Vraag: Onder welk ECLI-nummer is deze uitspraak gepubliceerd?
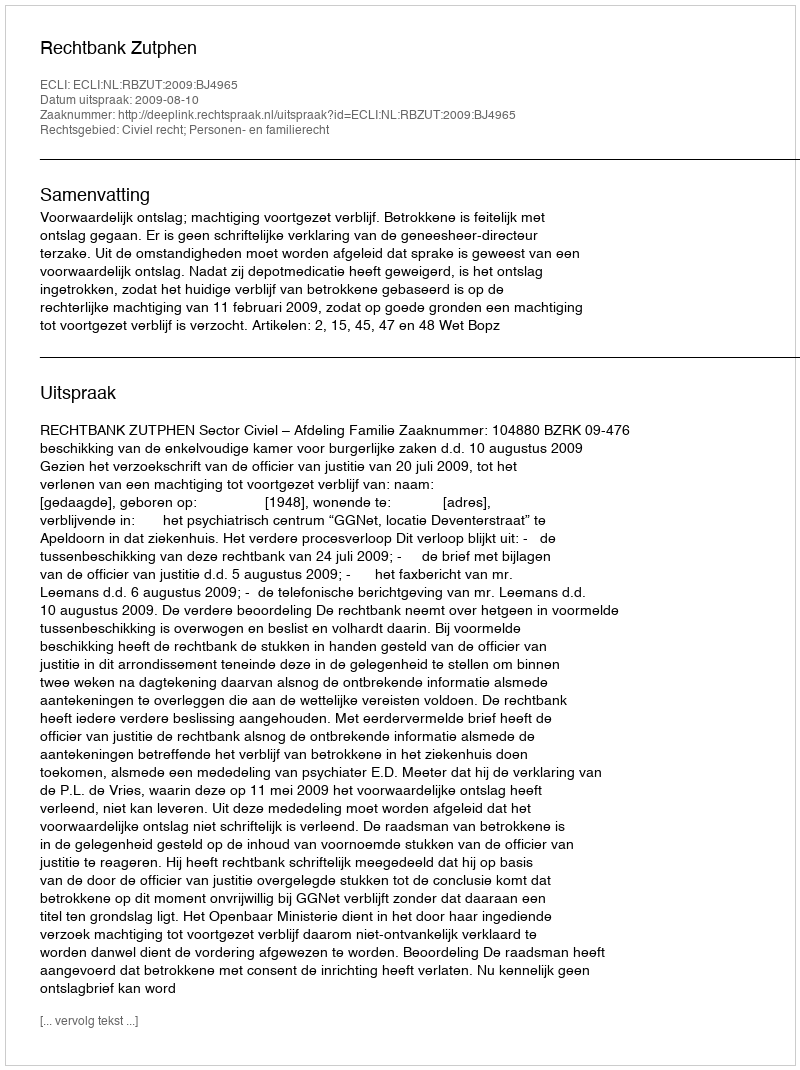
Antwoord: ECLI:NL:RBZUT:2009:BJ4965